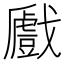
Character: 𢨛